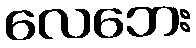
လေဘေး